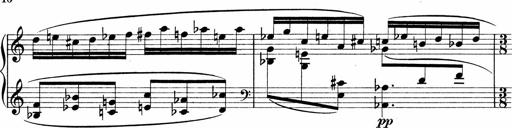
Title: Sonatina No.1
Composer: Otto Stoll
Key: C major